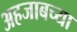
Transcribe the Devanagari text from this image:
अहजाबच्या